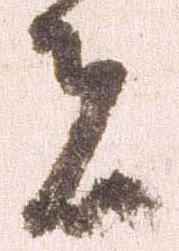
者